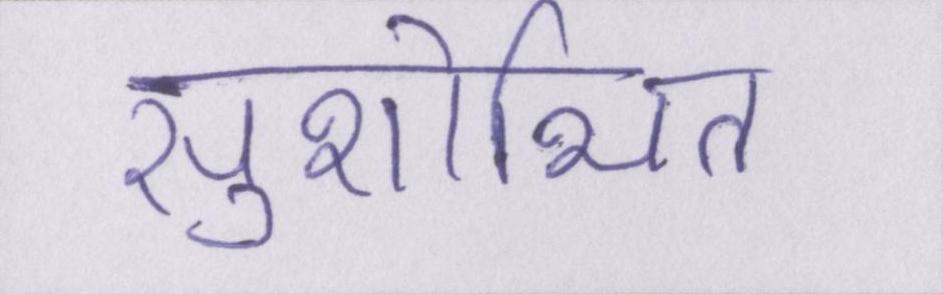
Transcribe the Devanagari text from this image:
सुशोभित